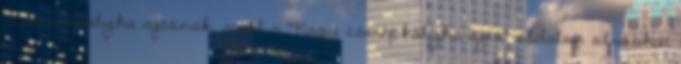
a cserépkályha ajtónak, arról a "Nagy cserépkályha-ajtó" oldalon olvashat